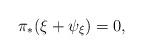
LaTeX: \begin{align*} \pi_*(\xi+\psi_\xi)=0,\end{align*}